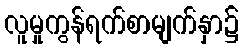
လူမှုကွန်ရက်စာမျက်နှာ၌